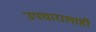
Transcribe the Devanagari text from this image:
उपचारालाही